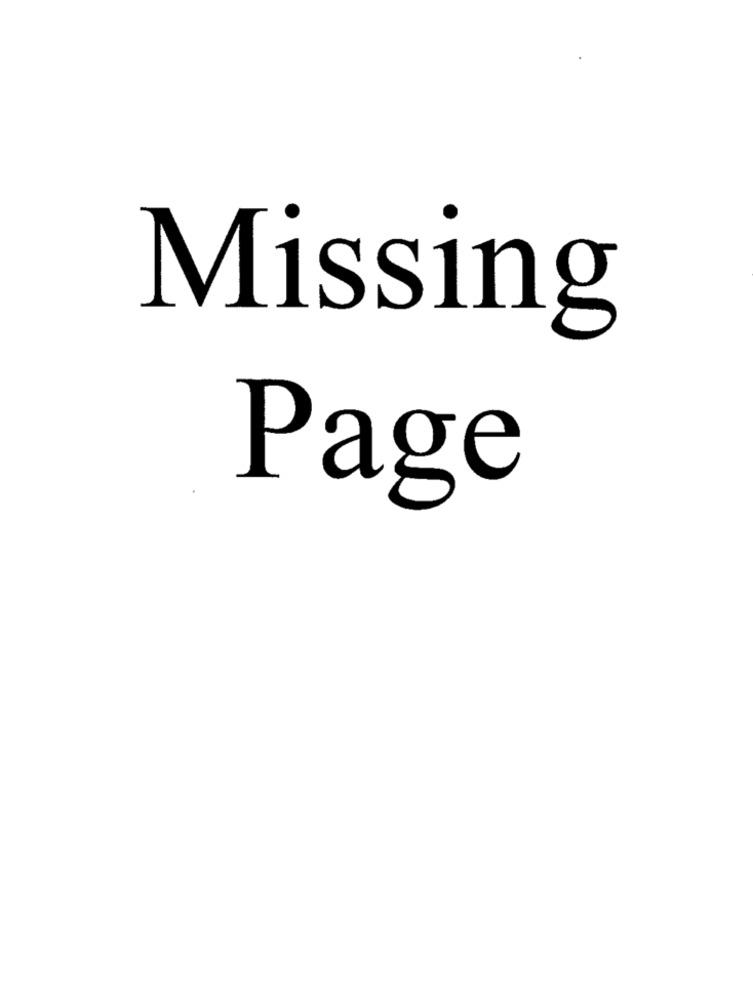
Missing
Page